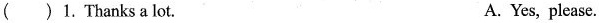
()1. Thanks a lot. A. Yes, please.